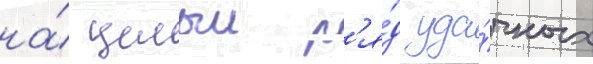
на́ целыи р'я́д уда́чных